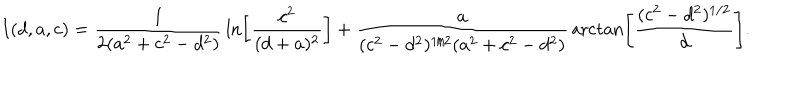
I ( d , a , c ) = { \frac { 1 } { 2 ( a ^ { 2 } + c ^ { 2 } - d ^ { 2 } ) } } \ln \left[ { \frac { c ^ { 2 } } { ( d + a ) ^ { 2 } } } \right] + { \frac { a } { ( c ^ { 2 } - d ^ { 2 } ) ^ { 1 / 2 } ( a ^ { 2 } + c ^ { 2 } - d ^ { 2 } ) } } \operatorname { a r c t a n } \left[ \frac { ( c ^ { 2 } - d ^ { 2 } ) ^ { 1 / 2 } } { d } \right] .